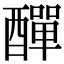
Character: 𨢿